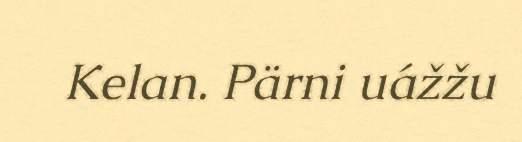
Kelan. Pärni uážžu